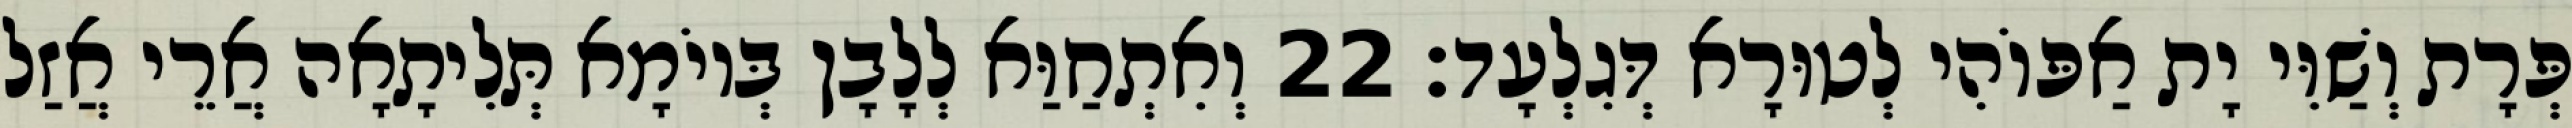
פְּרָת וְשַׁוִּי יָת אַפּוֹהִי לְטוּרָא דְּגִלְעָד׃ 22 וְאִתְחַוַּא לְלָבָן בְּיוֹמָא תְּלִיתָאָה אֲרֵי אֲזַל